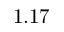
1 . 1 7